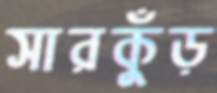
সারকুঁড়